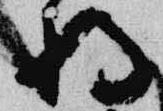
将